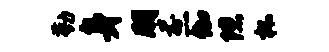
勤身朋煎伽隙杯